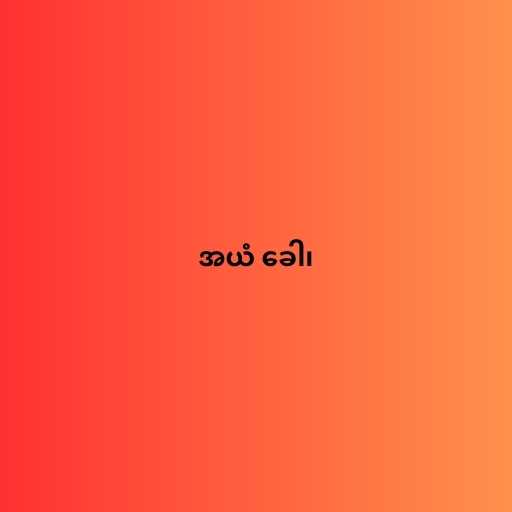
အယံ ခေါ၊